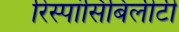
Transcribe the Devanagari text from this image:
रिस्पांसिबिलीटी